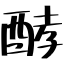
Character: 酵